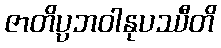
ဇာတိပ္ပဘဝါနုပဿီတိ